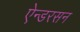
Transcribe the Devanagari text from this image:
ऐन्डरसन